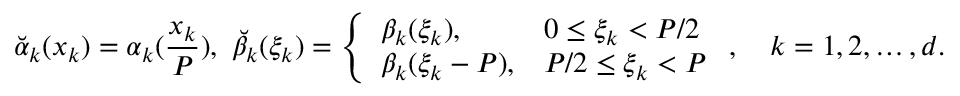
{ \breve { \alpha } } _ { k } ( x _ { k } ) = \alpha _ { k } ( \frac { x _ { k } } { P } ) , ~ { \breve { \beta } } _ { k } ( \xi _ { k } ) = \left\{ \begin{array} { l l } { \beta _ { k } ( \xi _ { k } ) , } & { 0 \leq \xi _ { k } < P / 2 } \\ { \beta _ { k } ( \xi _ { k } - P ) , } & { P / 2 \leq \xi _ { k } < P } \end{array} \right. , \quad k = 1 , 2 , \ldots , d .